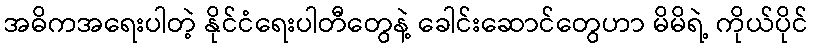
အဓိကအရေးပါတဲ့ နိုင်ငံရေးပါတီတွေနဲ့ ခေါင်းဆောင်တွေဟာ မိမိရဲ့ ကိုယ်ပိုင်